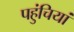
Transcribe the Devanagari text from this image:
पहुंचियां